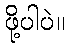
ဖို့ပါပဲ။